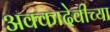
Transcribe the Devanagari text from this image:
अक्कादेवीच्या